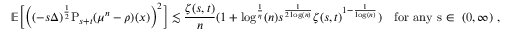
\mathbb { E } \Big [ \Big ( ( - s \Delta ) ^ { \frac { 1 } { 2 } } \mathrm { P } _ { s + t } ( \mu ^ { n } - \rho ) ( x ) \Big ) ^ { 2 } \Big ] \lesssim \frac { \zeta ( s , t ) } { n } ( 1 + \log ^ { \frac { 1 } { \eta } } ( n ) s ^ { \frac { 1 } { 2 \log ( n ) } } \zeta ( s , t ) ^ { 1 - \frac { 1 } { \log ( n ) } } ) \quad \mathrm { f o r ~ a n y ~ s \in ~ ( 0 , \infty ) ~ , }